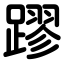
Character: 蹘